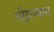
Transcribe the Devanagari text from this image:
मौद्गल्याभ